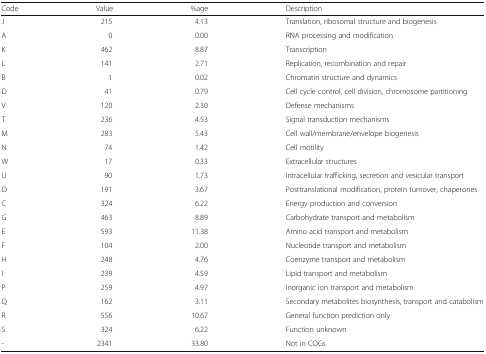
<table><thead><tr><td><b>Code</b></td><td><b>Value</b></td><td><b>%age</b></td><td><b>Description</b></td></tr></thead><tbody><tr><td>J</td><td>215</td><td>4.13</td><td>Translation, ribosomal structure and biogenesis</td></tr><tr><td>A</td><td>0</td><td>0.00</td><td>RNA processing and modification</td></tr><tr><td>K</td><td>462</td><td>8.87</td><td>Transcription</td></tr><tr><td>L</td><td>141</td><td>2.71</td><td>Replication, recombination and repair</td></tr><tr><td>B</td><td>1</td><td>0.02</td><td>Chromatin structure and dynamics</td></tr><tr><td>D</td><td>41</td><td>0.79</td><td>Cell cycle control, cell division, chromosome partitioning</td></tr><tr><td>V</td><td>120</td><td>2.30</td><td>Defense mechanisms</td></tr><tr><td>T</td><td>236</td><td>4.53</td><td>Signal transduction mechanisms</td></tr><tr><td>M</td><td>283</td><td>5.43</td><td>Cell wall/membrane/envelope biogenesis</td></tr><tr><td>N</td><td>74</td><td>1.42</td><td>Cell motility</td></tr><tr><td>W</td><td>17</td><td>0.33</td><td>Extracellular structures</td></tr><tr><td>U</td><td>90</td><td>1.73</td><td>Intracellular trafficking, secretion and vesicular transport</td></tr><tr><td>O</td><td>191</td><td>3.67</td><td>Posttranslational modification, protein turnover, chaperones</td></tr><tr><td>C</td><td>324</td><td>6.22</td><td>Energy production and conversion</td></tr><tr><td>G</td><td>463</td><td>8.89</td><td>Carbohydrate transport and metabolism</td></tr><tr><td>E</td><td>593</td><td>11.38</td><td>Amino acid transport and metabolism</td></tr><tr><td>F</td><td>104</td><td>2.00</td><td>Nucleotide transport and metabolism</td></tr><tr><td>H</td><td>248</td><td>4.76</td><td>Coenzyme transport and metabolism</td></tr><tr><td>I</td><td>239</td><td>4.59</td><td>Lipid transport and metabolism</td></tr><tr><td>P</td><td>259</td><td>4.97</td><td>Inorganic ion transport and metabolism</td></tr><tr><td>Q</td><td>162</td><td>3.11</td><td>Secondary metabolites biosynthesis, transport and catabolism</td></tr><tr><td>R</td><td>556</td><td>10.67</td><td>General function prediction only</td></tr><tr><td>S</td><td>324</td><td>6.22</td><td>Function unknown</td></tr><tr><td>-</td><td>2341</td><td>33.80</td><td>Not in COGs</td></tr></tbody></table>